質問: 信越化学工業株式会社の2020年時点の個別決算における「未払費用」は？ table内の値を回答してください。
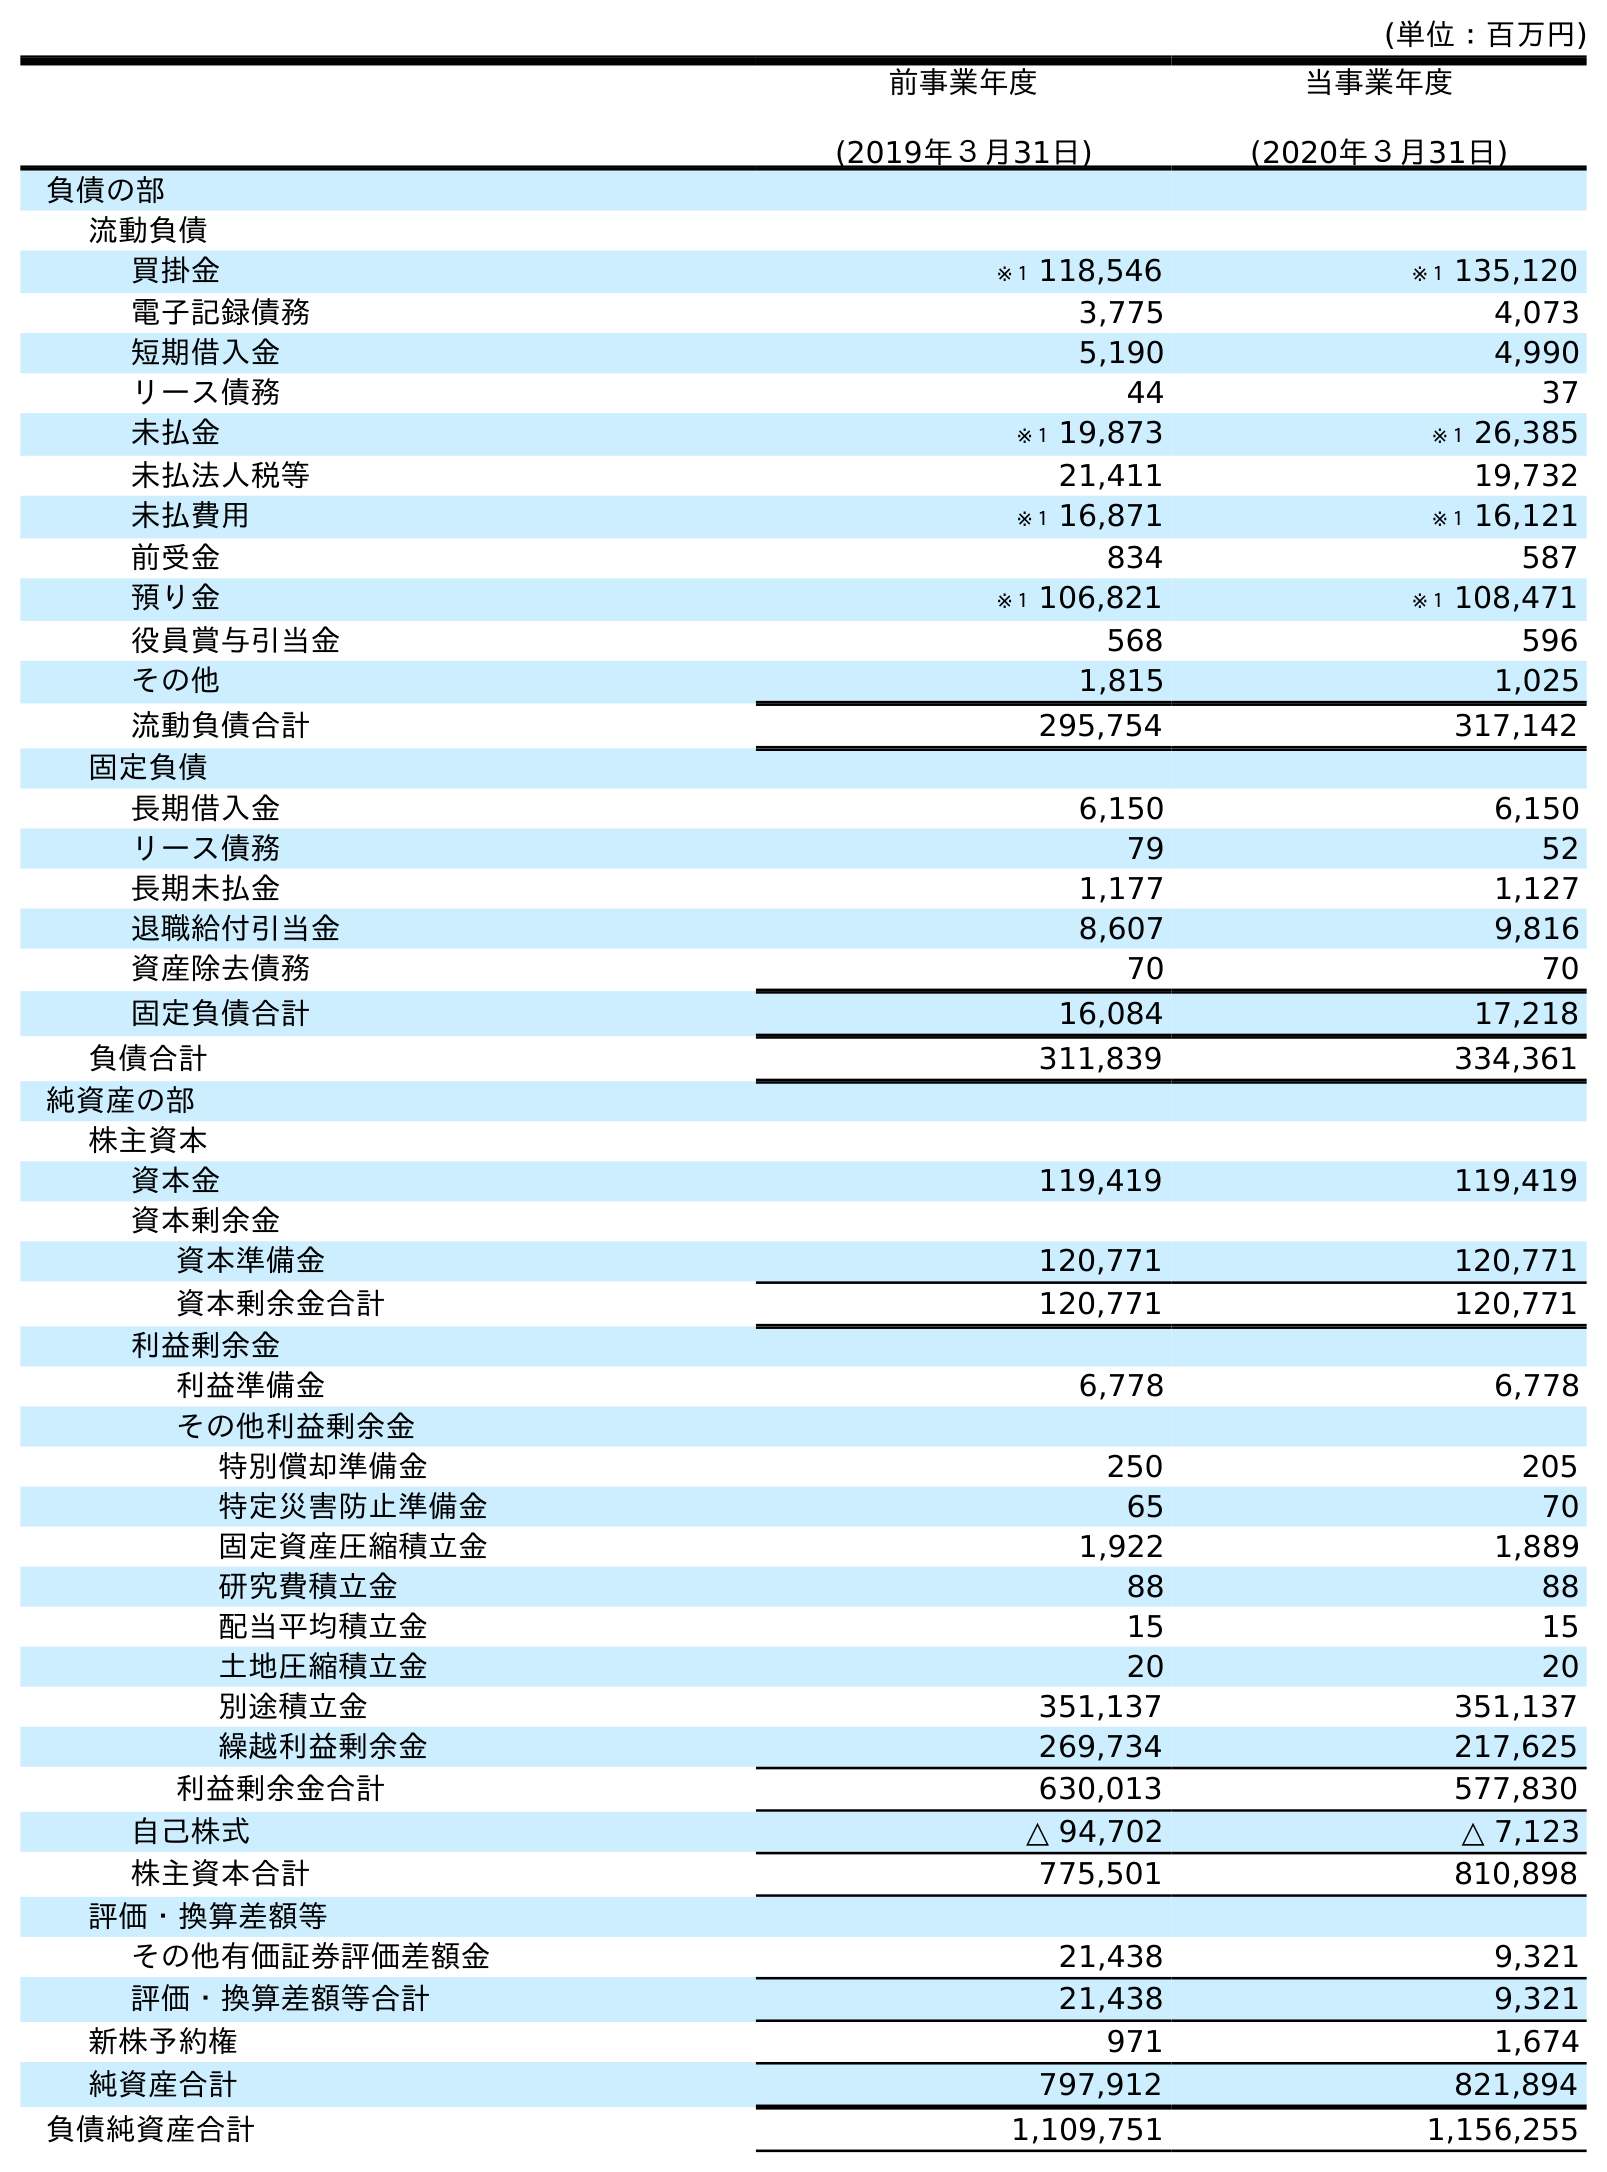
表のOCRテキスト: (単位：百万円) 前事業年度 (2019年３月31日) 当事業年度 (2020年３月31日) 負債の部 流動負債 買掛金 ※１ 118,546 ※１ 135,120 電子記録債務 3,775 4,073 短期借入金 5,190 4,990 リース債務 44 37 未払金 ※１ 19,873 ※１ 26,385 未払法人税等 21,411 19,732 未払費用 ※１ 16,871 ※１ 16,121 前受金 834 587 預り金 ※１ 106,821 ※１ 108,471 役員賞与引当金 568 596 その他 1,815 1,025 流動負債合計 295,754 317,142 固定負債 長期借入金 6,150 6,150 リース債務 79 52 長期未払金 1,177 1,127 退職給付引当金 8,607 9,816 資産除去債務 70 70 固定負債合計 16,084 17,218 負債合計 311,839 334,361 純資産の部 株主資本 資本金 119,419 119,419 資本剰余金 資本準備金 120,771 120,771 資本剰余金合計 120,771 120,771 利益剰余金 利益準備金 6,778 6,778 その他利益剰余金 特別償却準備金 250 205 特定災害防止準備金 65 70 固定資産圧縮積立金 1,922 1,889 研究費積立金 88 88 配当平均積立金 15 15 土地圧縮積立金 20 20 別途積立金 351,137 351,137 繰越利益剰余金 269,734 217,625 利益剰余金合計 630,013 577,830 自己株式 △ 94,702 △ 7,123 株主資本合計 775,501 810,898 評価・換算差額等 その他有価証券評価差額金 21,438 9,321 評価・換算差額等合計 21,438 9,321 新株予約権 971 1,674 純資産合計 797,912 821,894 負債純資産合計 1,109,751 1,156,255
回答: ※１16,121